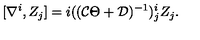
[ \nabla ^ { i } , Z _ { j } ] = i ( ( { \cal C } \Theta + { \cal D } ) ^ { - 1 } ) _ { j } ^ { i } Z _ { j } .